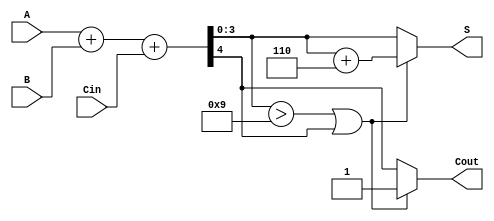
module BCD_Ripple_Carry_Adder (
    input [3:0] A,      // First BCD digit
    input [3:0] B,      // Second BCD digit
    input Cin,          // Carry-in
    output [3:0] S,     // BCD sum output
    output Cout         // Carry-out
);

    wire [4:0] sum;     // Intermediate sum (5 bits to accommodate carry)
    wire [4:0] corrected_sum; // Sum after correction
    wire correction;     // Correction signal

    // Full Adder for each bit
    assign sum = A + B + Cin; // Initial addition

    // Check if correction is needed
    assign correction = (sum[3:0] > 4'b1001) || sum[4];

    // Corrected sum
    assign corrected_sum = sum + 5'b00110; // Add 6 (0110) for correction

    // Final outputs
    assign S = correction ? corrected_sum[3:0] : sum[3:0]; // Select corrected or original sum
    assign Cout = correction ? 1'b1 : sum[4]; // Set Cout based on correction or overflow

endmodule